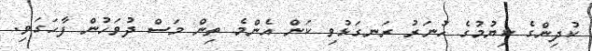
ކުދިންގެ ކިޔުމުގެ ހުނަރު ރަނގަޅުވި ކަން އެންމެ ތިން މަސް ދުވަހުން ފާހަގަވި.